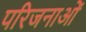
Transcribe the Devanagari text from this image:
परिजनाओं